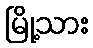
မြို့သား